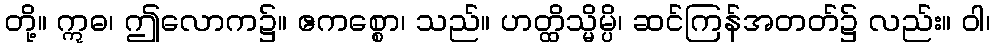
တို့။ ဣဓ၊ ဤလောက၌။ ဧကစ္စော၊ သည်။ ဟတ္ထိသ္မိမ္ပိ၊ ဆင်ကြန်အတတ်၌ လည်း။ ဝါ၊